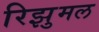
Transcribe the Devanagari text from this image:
रिझुमल